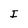
Character: I